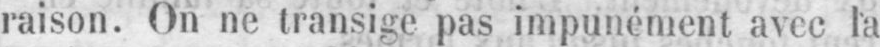
raison. On ne transige pas impunément avec la